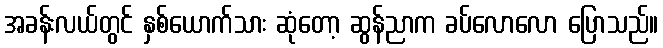
အခန်းလယ်တွင် နှစ်ယောက်သား ဆုံတော့ ဆွန်ညာက ခပ်လောလော ပြောသည်။